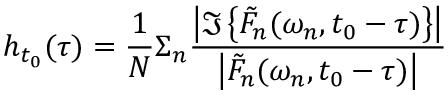
h _ { t _ { 0 } } ( \tau ) = \frac { 1 } { N } \Sigma _ { n } \frac { \left| \Im \left\{ \tilde { F } _ { n } ( \omega _ { n } , t _ { 0 } - \tau ) \right\} \right| } { \left| \tilde { F } _ { n } ( \omega _ { n } , t _ { 0 } - \tau ) \right| }